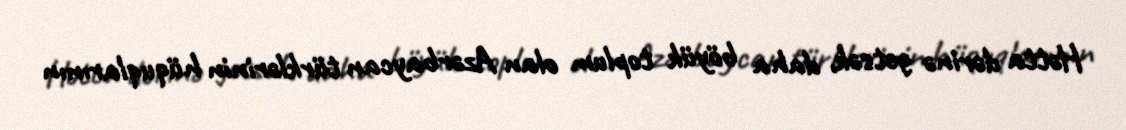
Hətta dərinə getsək, daha böyük toplum olan Azərbaycan türklərinin hüquqlarının